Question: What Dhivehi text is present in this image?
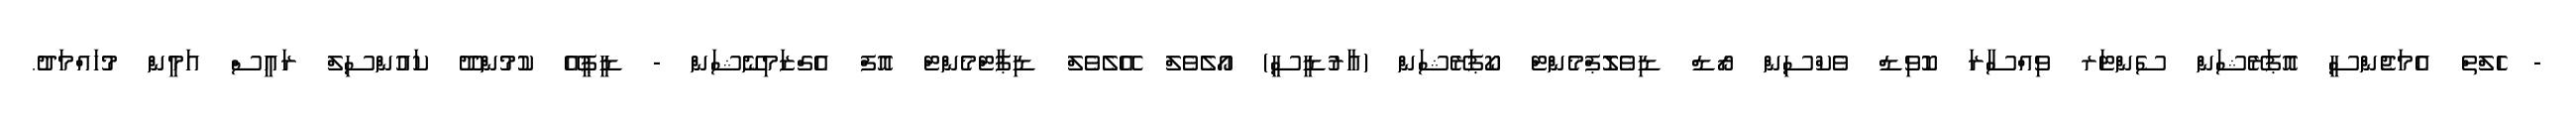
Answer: - ހެލްތް އެމަޖެންސީ އޮޕަރޭޝަން ސެންޓަރ ވިއްސާރަ ކޮވިޑް ވެކްސިން ރޯޑް ޑިވެލޮޕްމެންޓް ކޯޕަރޭޝަން (އާރުޑީސީ) އޯލެވެލް އޭލެވެލް ޑިޕާޓްމެންޓް އޮފް އެގްޒަމިނޭޝަން - ޑީޕީއޭ ކުމުންދޫ ކައުންސިލް ރައީސް އަމީން މުހައްމަދު.